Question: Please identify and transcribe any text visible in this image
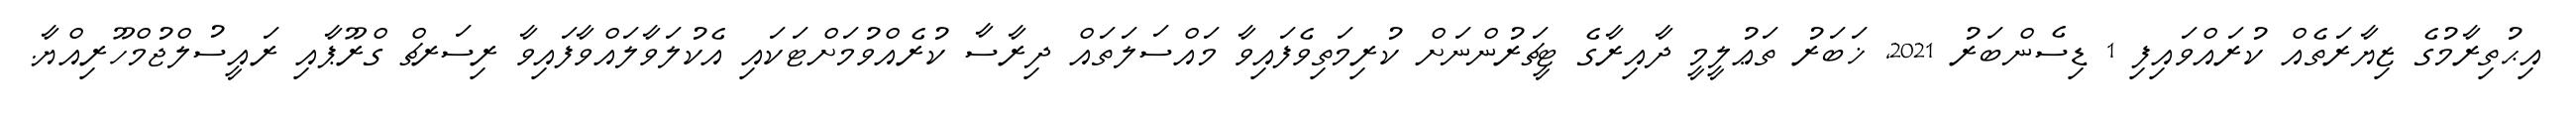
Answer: އިޙުތިރާމުގެ ޒިޔާރަތެއް ކުރައްވައިފި 1 ޑިސެންބަރު 2021, ޚަބަރު ތަޢުލީމީ ދާއިރާގެ ޓީޗަރުންނަށް ކުރިމަތިވެފައިވާ މައްސަލަތައް ދިރާސާ ކުރެއްވުމަށްޓަކައި އެކުލަވާލައްވާފައިވާ ރިސަރޗް ގްރޫޕާއި ރައީސުލްޖުމްހޫރިއްޔާ.